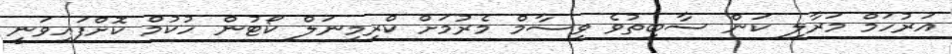
އަރުހަމް މަރާލި ކަން ސާބިތުވެ ވިސާމް މެރުމަށް ކްރިމިނަލް ކޯޓުން ހުކުމް ކޮށްފައިވަނީ